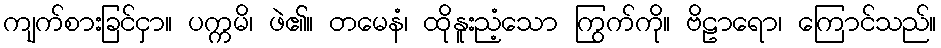
ကျက်စားခြင်ငှာ။ ပက္ကမိ၊ ဖဲ၏။ တမေနံ၊ ထိုနူးညံ့သော ကြွက်ကို။ ဗိဠာရော၊ ကြောင်သည်။